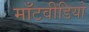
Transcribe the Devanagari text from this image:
माँटवीडियो